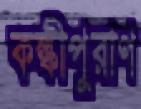
কল্কীপুরাণ